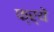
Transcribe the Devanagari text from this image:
फ्र्ये